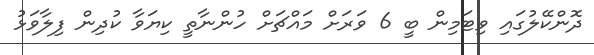
ދޮންކޭލުގައި ވިޓަމިން ބީ 6 ވަރަށް މައްޗަށް ހުންނާތީ ކިޔަވާ ކުދިން ފިލާވަޅު